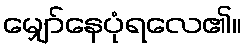
မျှော်နေပုံရလေ၏။